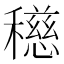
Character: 𥣓